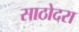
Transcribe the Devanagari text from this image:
साठोदरा